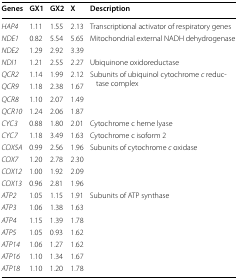
<table><thead><tr><td><b>Genes</b></td><td><b>GX1</b></td><td><b>GX2</b></td><td><b>X</b></td><td><b>Description</b></td></tr></thead><tbody><tr><td><i>HAP4</i></td><td>1.11</td><td>1.55</td><td>2.13</td><td>Transcriptional activator of respiratory genes</td></tr><tr><td><i>NDE1</i></td><td>0.82</td><td>5.54</td><td>5.65</td><td rowspan="2">Mitochondrial external NADH dehydrogenase</td></tr><tr><td><i>NDE2</i></td><td>1.29</td><td>2.92</td><td>3.39</td></tr><tr><td><i>NDI1</i></td><td>1.21</td><td>2.55</td><td>2.27</td><td>Ubiquinone oxidoreductase</td></tr><tr><td><i>QCR2</i></td><td>1.14</td><td>1.99</td><td>2.12</td><td rowspan="4">Subunits of ubiquinol cytochrome <i>c</i> reductase complex</td></tr><tr><td><i>QCR9</i></td><td>1.18</td><td>2.38</td><td>1.67</td></tr><tr><td><i>QCR8</i></td><td>1.10</td><td>2.07</td><td>1.49</td></tr><tr><td><i>QCR10</i></td><td>1.24</td><td>2.06</td><td>1.87</td></tr><tr><td><i>CYC3</i></td><td>0.88</td><td>1.80</td><td>2.01</td><td>Cytochrome c heme lyase</td></tr><tr><td><i>CYC7</i></td><td>1.18</td><td>3.49</td><td>1.63</td><td>Cytochrome c isoform 2</td></tr><tr><td><i>COX5A</i></td><td>0.99</td><td>2.56</td><td>1.96</td><td rowspan="4">Subunits of cytochrome <i>c</i> oxidase</td></tr><tr><td><i>COX7</i></td><td>1.20</td><td>2.78</td><td>2.30</td></tr><tr><td><i>COX12</i></td><td>1.00</td><td>1.92</td><td>2.09</td></tr><tr><td><i>COX13</i></td><td>0.96</td><td>2.81</td><td>1.96</td></tr><tr><td><i>ATP2</i></td><td>1.05</td><td>1.15</td><td>1.91</td><td rowspan="7">Subunits of ATP synthase</td></tr><tr><td><i>ATP3</i></td><td>1.06</td><td>1.38</td><td>1.63</td></tr><tr><td><i>ATP4</i></td><td>1.15</td><td>1.39</td><td>1.78</td></tr><tr><td><i>ATP5</i></td><td>1.05</td><td>0.93</td><td>1.62</td></tr><tr><td><i>ATP14</i></td><td>1.06</td><td>1.27</td><td>1.62</td></tr><tr><td><i>ATP16</i></td><td>1.10</td><td>1.34</td><td>1.67</td></tr><tr><td><i>ATP18</i></td><td>1.10</td><td>1.20</td><td>1.78</td></tr></tbody></table>